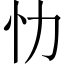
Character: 忇